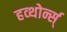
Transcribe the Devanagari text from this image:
हव्थोर्न्स्